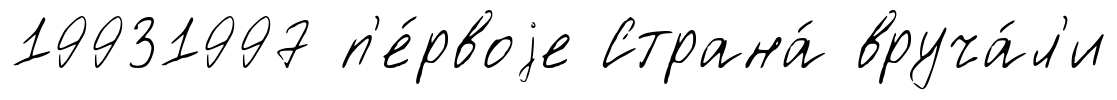
19931997 п'е́рвоjе Страна́ вруча́л'и